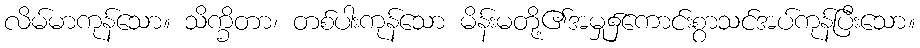
လိမ်မာကုန်သော။ သိက္ခိတာ၊ တစ်ပါးကုန်သော မိန်းမတို့၏အမှု၌ကောင်းစွာသင်အပ်ကုန်ပြီးသော။